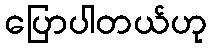
ပြောပါတယ်ဟု